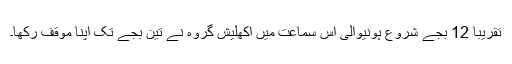
تقریبا 12 بجے شروع ہونیوالی اس سماعت میں اکھلیش گروہ نے تین بجے تک اپنا موقف رکھا۔